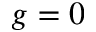
g = 0